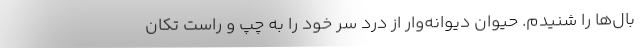
بال‌ها را شنيدم. حيوان ديوانه‌وار از درد سر خود را به چپ و راست تكان